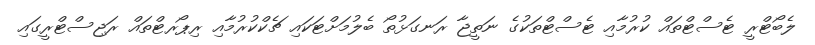
ލެބޯޓްރީ ޓެސްޓްތައް ކުރުމާއި ޓެސްޓްތަކުގެ ނަތީޖާ ރަނގަޅުތޯ ބެލުމަށްޓަކައި ޗެކްކުރުމާއި ރިޕޯރޓްތައް ރަޖިސްޓްރީގައި